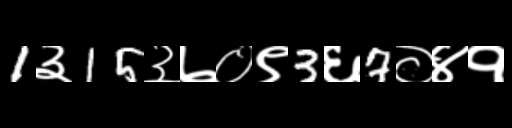
Text: 1३15३७०९3६7०४१